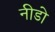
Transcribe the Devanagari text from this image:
नीडो